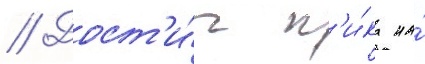
// Дост'и́г п'и́ка на́